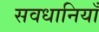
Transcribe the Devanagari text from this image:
सवधानियाँ